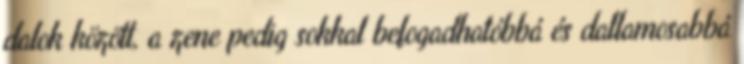
dalok között, a zene pedig sokkal befogadhatóbbá és dallamosabbá